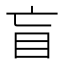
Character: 盲